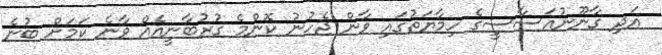
އަދި ގާނޫނުއަސާސީގެ ހިމާޔަތުގައި ވާން ޖެހުނު ކޮންމެ ގުރުބާނީއެއް ވާނެ ކަމަށް ބުނެ